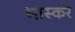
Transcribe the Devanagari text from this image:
भास्करे